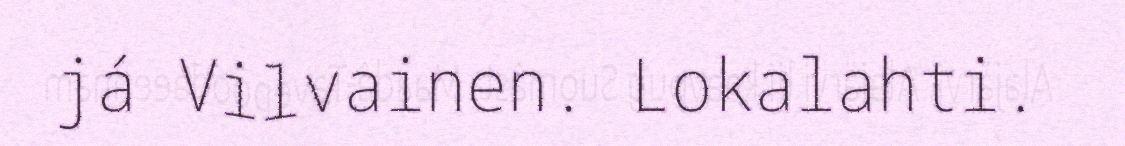
já Vilvainen. Lokalahti.